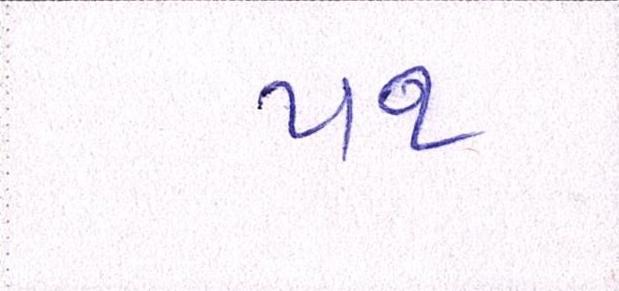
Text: ૫૧